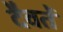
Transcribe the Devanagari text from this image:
दैवतें